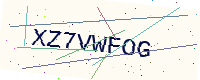
Text: XZ7VWFOG